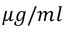
\mu g / m l